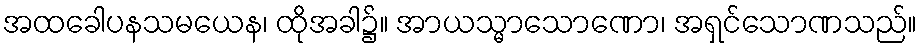
အထခေါပနသမယေန၊ ထိုအခါ၌။ အာယသ္မာသောဏော၊ အရှင်သောဏသည်။